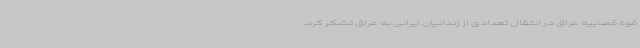
قوه قصاییه عراق در انتقال تعدادی از زندانیان ایرانی به عراق تشکر کرد.